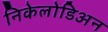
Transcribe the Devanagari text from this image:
निकेलोडिअन